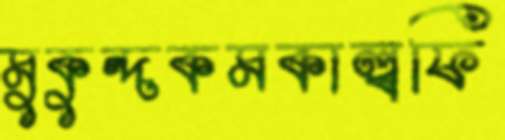
মুকুন্দকমকাল্বফি